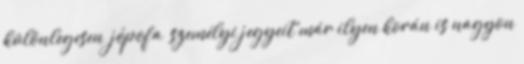
különlegesen “jópofa” személyi jegyeit már ilyen korán is nagyon